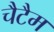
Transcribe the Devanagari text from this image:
चैटैम